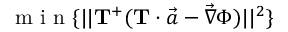
\mathrm { ~ m ~ i ~ n ~ } \{ | | \mathbf { T ^ { + } } ( \mathbf { { T } } \cdot \vec { a } - \vec { \nabla } \Phi ) | | ^ { 2 } \}